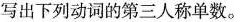
写出下列动词的第三人称单数。